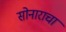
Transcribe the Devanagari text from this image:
सोनाराचा